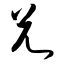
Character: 兄